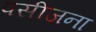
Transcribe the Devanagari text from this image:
पसीजना